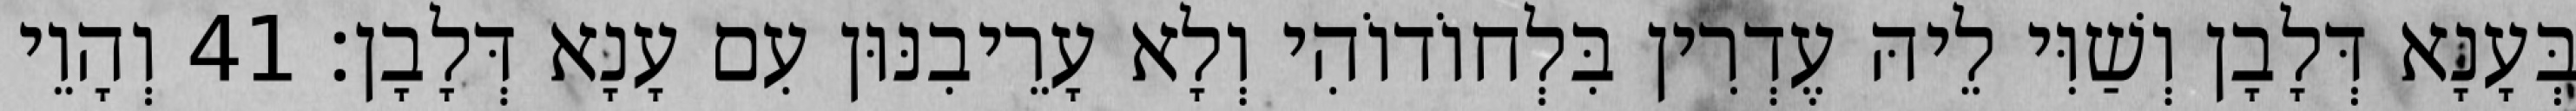
בְּעָנָא דְּלָבָן וְשַׁוִּי לֵיהּ עֶדְרִין בִּלְחוֹדוֹהִי וְלָא עָרֵיבִנּוּן עִם עָנָא דְּלָבָן׃ 41 וְהָוֵי